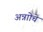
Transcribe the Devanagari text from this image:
अन्नाोचे